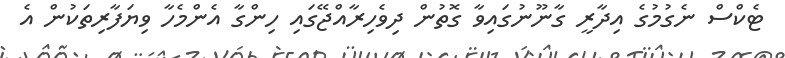
ޓެކްސް ނެގުމުގެ އިދާރީ ގާނޫނުގައިވާ ގޮތުން ދިވެހިރާއްޖޭގައި ހިންގާ އެންމެހާ ވިޔަފާރިތަކުން އެ